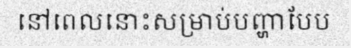
នៅពេលនោះសម្រាប់បញ្ហាបែប